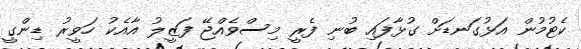
ކެޓުމުން އަޅުގަނޑަށް ގުޅާފައި ބުނި ފެރީ މިސްވެއްޖޭ ފަޒީލު އާއެކު ހަވީރު ޑިންގީ